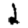
Digit: 2